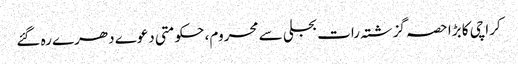
کراچی کا بڑا حصہ گزشتہ رات بجلی سے محروم، حکومتی دعوے دھرے رہ گئے